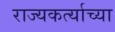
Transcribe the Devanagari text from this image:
राज्यकर्त्याच्या